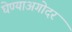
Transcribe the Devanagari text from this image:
घेण्याअगोदर